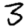
Digit: 3